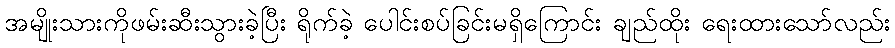
အမျိုးသားကိုဖမ်းဆီးသွားခဲ့ပြီး ရိုက်ခဲ့ ပေါင်းစပ်ခြင်းမရှိကြောင်း ချည်ထိုး ရေးထားသော်လည်း